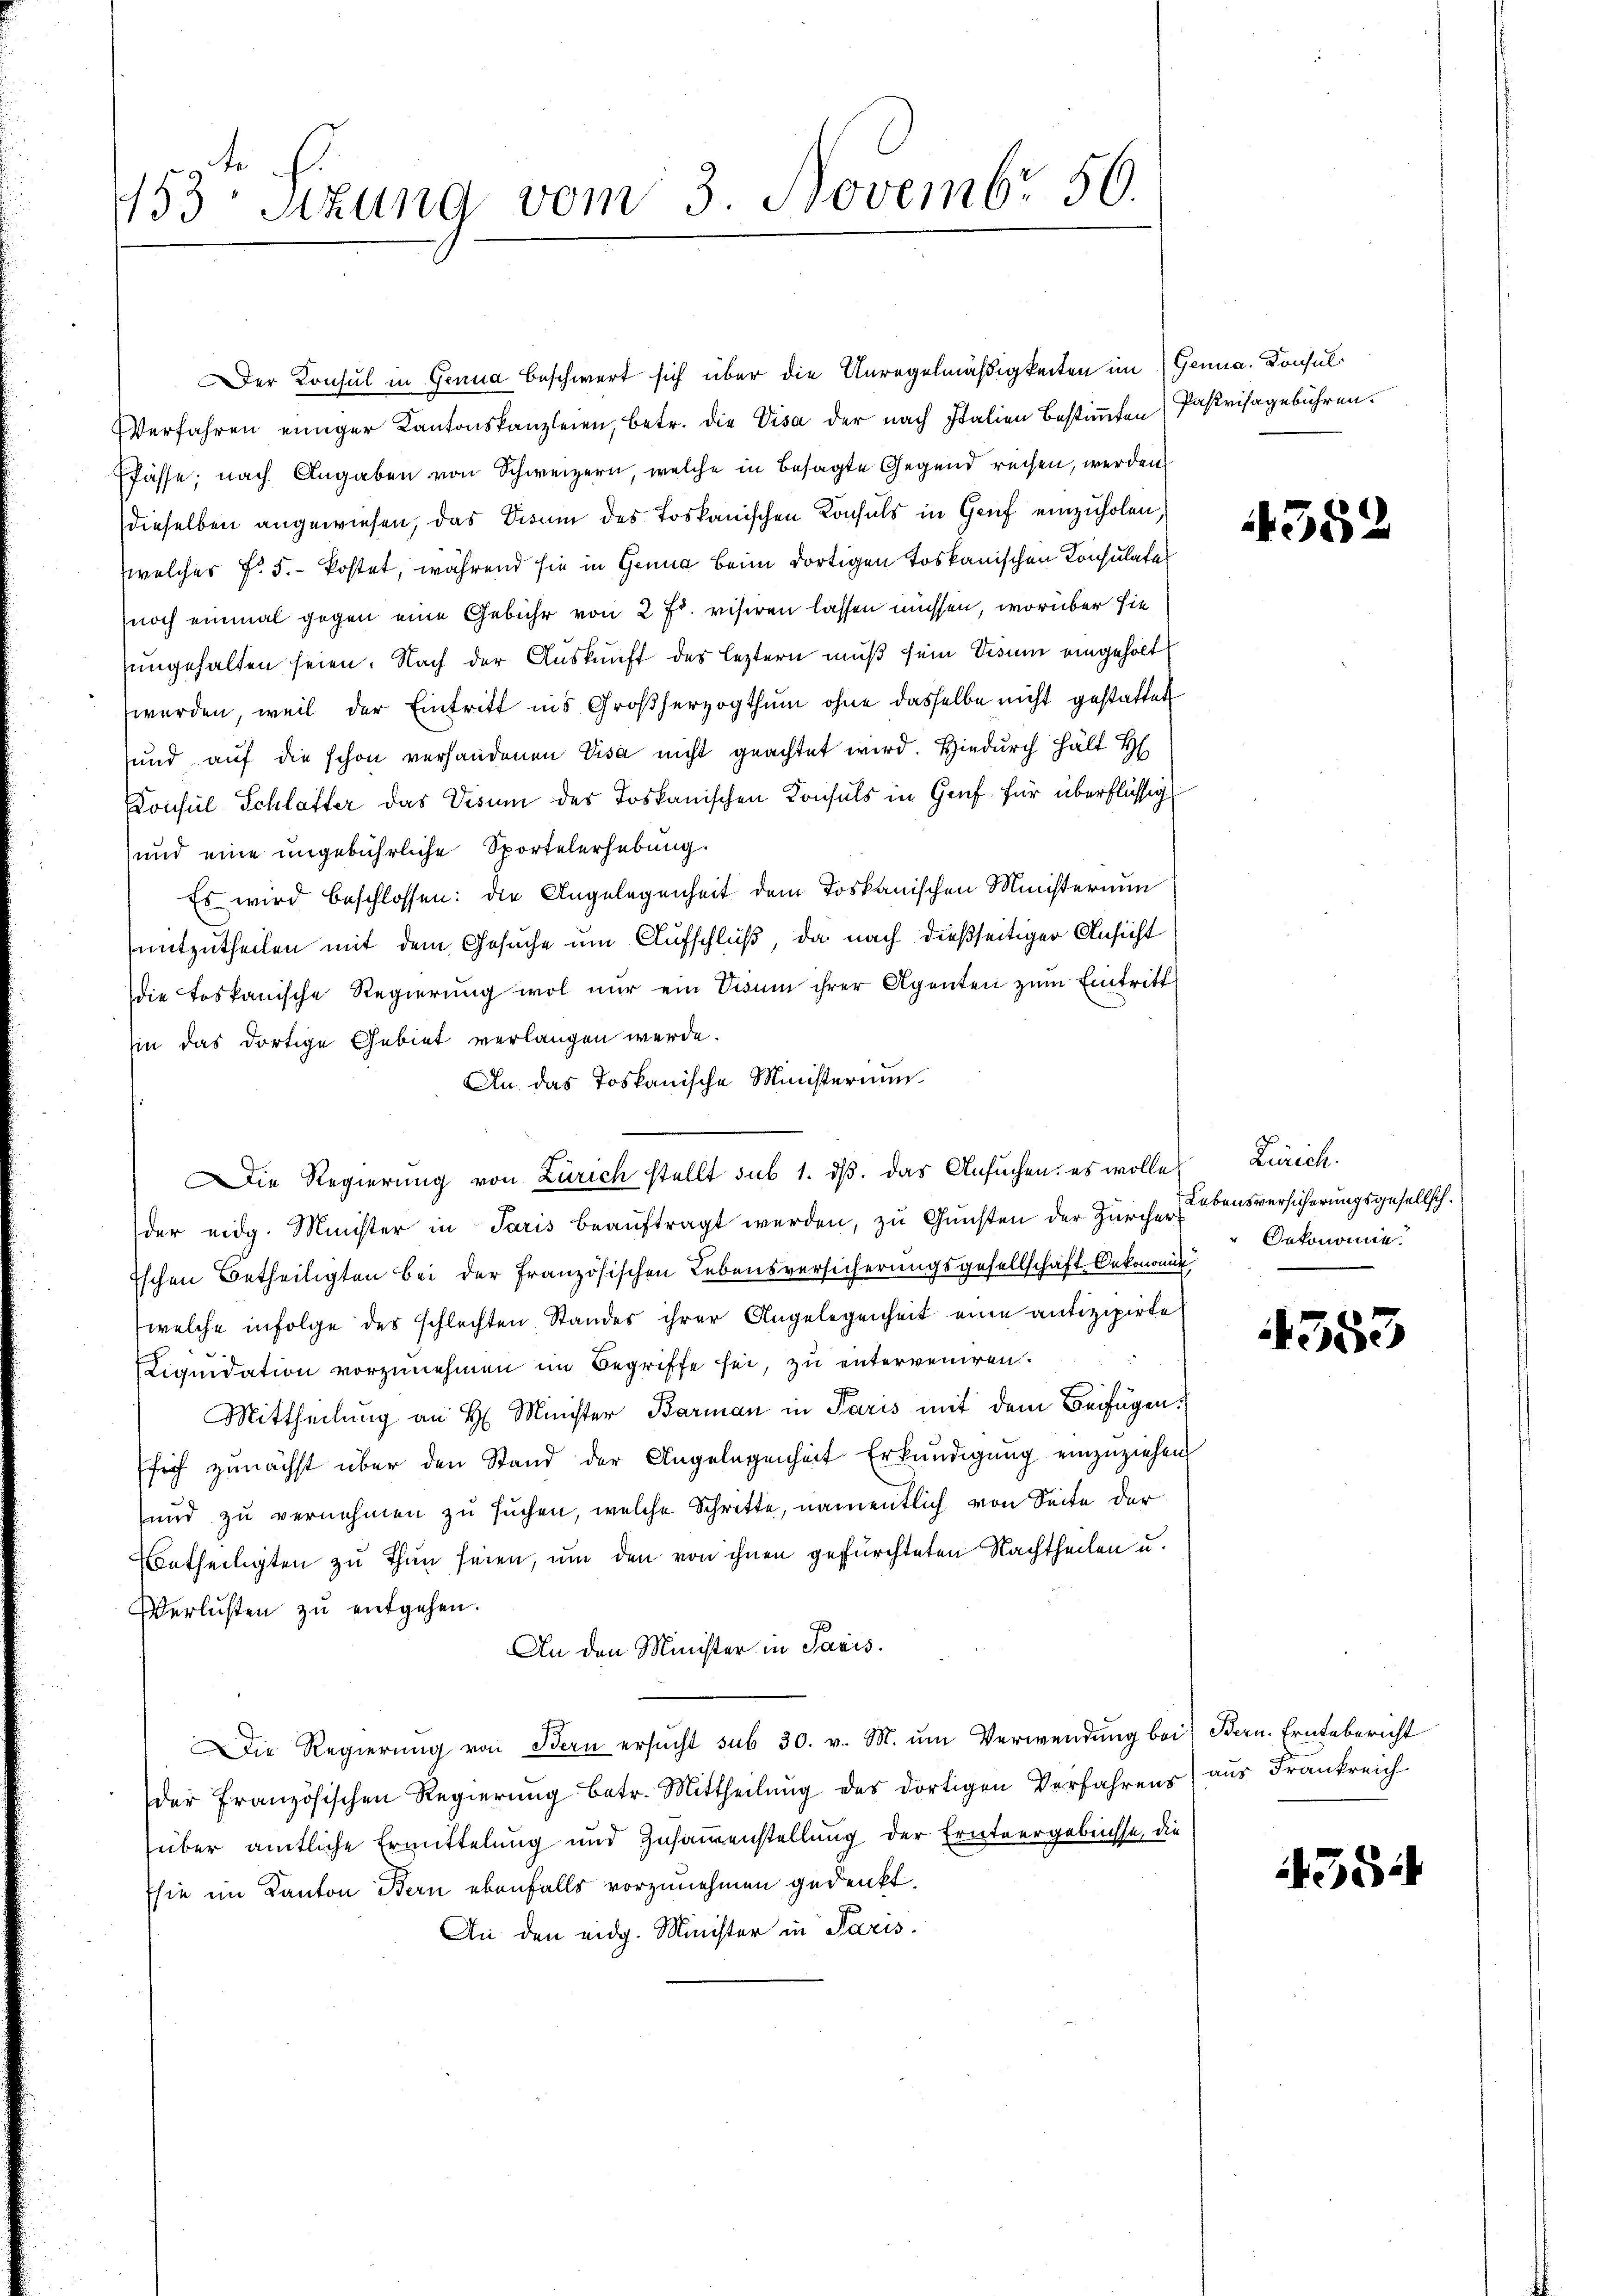
153. Sitzung vom 3. Novembr 56.

er Konsul in Genua beschwert sich über die Anregelmäßigkeiten im Genua, Konsul
Verfahren einiger Kantonskanzleien, betr. die Visa der nach Italien bestimmten Pastrisagebühren.
Pässe; nach Angaben von Schweizern, welche in besagte Gegend reisen, werden
dieselben angewiesen, das Visum des Toskanischen Konsuls in Gruf einzuholen,
welcher f. 5.- kostet, während sie in Genua beim dortigen toskanischen Konsulate
noch einmal gegen eine Gebühr von 2 Fr. visiren lassen müssen, worüber sie
ungehalten seien. Nach der Auskunft des leztern muß sein Visum eingeholt
werden, weil der Eintritt ins Großherzogthum ohne dasselbe nicht gestattet
und auf die schon verhandenen Visa nicht geachtet wird. Hiedurch hält H
Consul Schlafter das Visum des Toskanischen Konsuls in Genf für überflüssig
und eine ungebührliche Sportelerhebung.
Es wird beschlossen: die Angelegenheit dem Toskanischen Ministerium
mitzutheilen mit dem Gesuche um Aufschluß, da nach dießseitiger Ansicht
die toskanische Regierung wol nur ein Divum ihrer Agenten zum Eintritt
in das dortige Gebiet verlangen werde.
An das Toskanische Ministerium
Die Regierung von Zürich stellt sub 1. ds. das Ansuchen, es wolle Zürich.
der eidg. Minister in Paris beaŭftragt werden, zu Gunsten der Zürche ebensversicherungsgesellsch.
Eschen Betheiligten bei der Französischen Lebensversicherungsgesellschaft Oekonomin
welche infolge des schlechten Standes ihrer Angelegenheit eine antizipirte
Liquidation vorzunehmen im Begriffe sei, zu unterveniren.
Mittheilung an H. Minister Barman in Paris mit dem Beifügenfsich zunächst über den Stand der Angelegenheit Erkundigung einzuziehen
und zu vernehmen zu suchen, welche Schritte, namentlich von Seite der
Betheiligten zu Thun seien, um den von ihnen gefürchteten Nachtheilen u.
Verlusten zŭ entgehen.
An den Minister in Paris
Die Regierŭng von Bern ersŭcht sub 30. v. M. ŭm Verwendung bei Bern. Erntebericht
der französischen Regierŭng betr. Mittheilŭng des dortigen Verfahrens aus Frankreich
süber amtliche Ermittelung und Zusammenstellung der Ernteergebüchse, die
hie im Kanton Bern ebenfalls vorzunehmen gedenkt.
An den eidg. Minister in Paris.

4552

Oekonomie.

4353

354